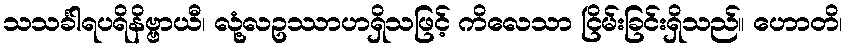
သသင်္ခါရပရိနိဗ္ဗာယီ၊ လုံ့လဥဿာဟရှိသဖြင့် ကိလေသာ ငြိမ်းခြင်းရှိသည်။ ဟောတိ၊